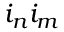
i _ { n } i _ { m }